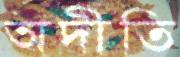
অদীতি